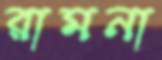
রামনা